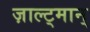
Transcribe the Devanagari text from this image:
ज़ाल्ट्मान्